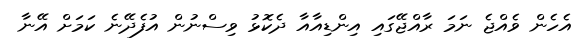
އެހެން ވެއްޖެ ނަމަ ރާއްޖޭގައި އިންޑިއާއާ ދެކޮޅު ވިސްނުން އުފެދޭނެ ކަމަށް އޭނާ